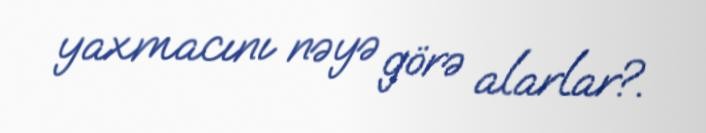
yaxmacını nəyə görə alarlar?.